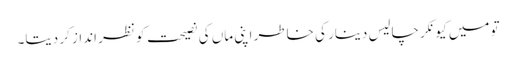
تو میں کیونکر چالیس دینار کی خاطر اپنی ماں کی نصیحت کو نظر انداز کر دیتا۔